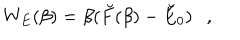
W _ { E } ( \beta ) = \beta ( \breve { F } ( \beta ) - \breve { E } _ { 0 } ) ,